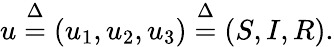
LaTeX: u\overset{\Delta}{=}(u_{1},u_{2},u_{3})\overset{\Delta}{=}(S,I,R).